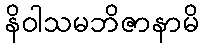
နိဝါသမဘိဇာနာမိ